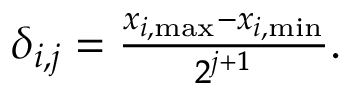
\begin{array} { r } { \delta _ { i , j } = \frac { x _ { i , \mathrm { m a x } } - x _ { i , \mathrm { m i n } } } { 2 ^ { j + 1 } } . } \end{array}